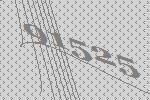
91525